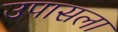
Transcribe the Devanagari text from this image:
उपासला